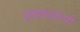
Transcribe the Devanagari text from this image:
रामभरतरी